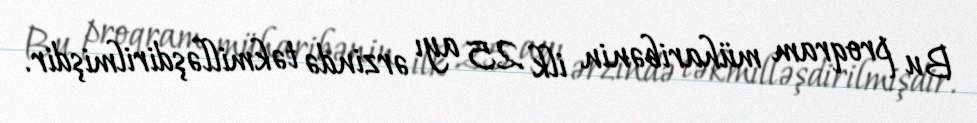
Bu proqram müharibənin ilk 25 ayı ərzində təkmilləşdirilmişdir.